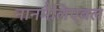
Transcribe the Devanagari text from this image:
नानमैलिएबल